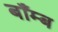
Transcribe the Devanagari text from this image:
बाँम्ब